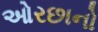
ઓરછાનો